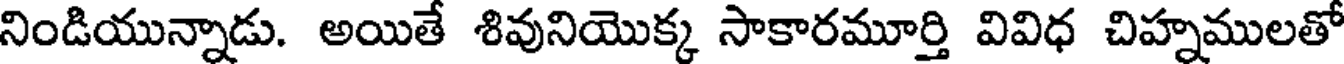
నిండియున్నాడు. అయితే శివునియొక్క సాకారమూర్తి వివిధ చిహ్నములతో